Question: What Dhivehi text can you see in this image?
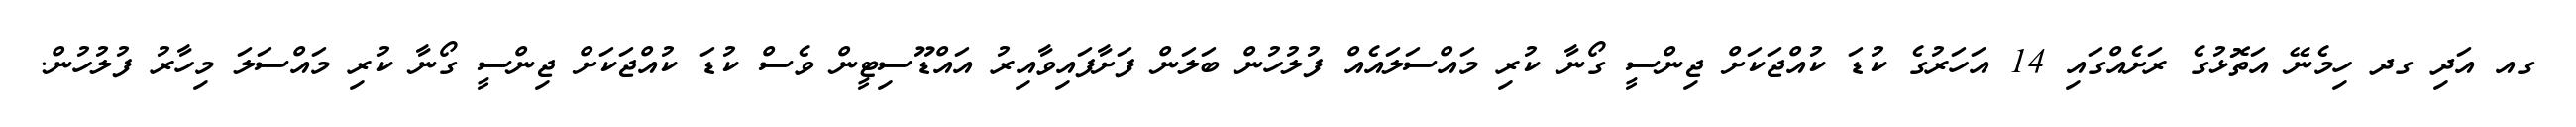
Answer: ގއ އަދި ގދ ހިމެނޭ އަތޮޅުގެ ރަށެއްގައި 14 އަހަރުގެ ކުޑަ ކުއްޖަކަށް ޖިންސީ ގޯނާ ކުރި މައްސަލައެއް ފުލުހުން ބަލަން ފަށާފައިވާއިރު އައްޑޫސިޓީން ވެސް ކުޑަ ކުއްޖަކަށް ޖިންސީ ގޯނާ ކުރި މައްސަލަ މިހާރު ފުލުހުން.